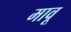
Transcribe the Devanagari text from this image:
मावू